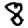
Digit: 8